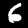
Digit: 6